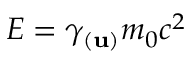
E = \gamma _ { ( \mathbf { u } ) } m _ { 0 } c ^ { 2 }